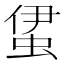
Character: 𧊰